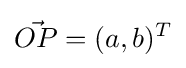
{\vec {OP}}=(a,b)^{T}